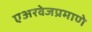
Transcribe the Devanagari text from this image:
एअरवेजप्रमाणे